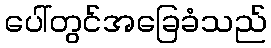
ပေါ်တွင်အခြေခံသည်